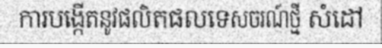
ការបង្កើតនូវផលិតផលទេសចរណ៍ថ្មី សំដៅ